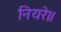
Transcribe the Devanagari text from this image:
नियरे॥